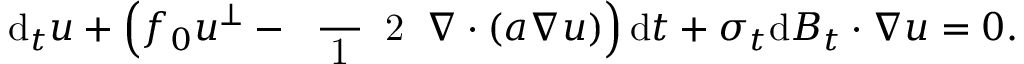
\mathrm { d } _ { t } \boldsymbol { u } + \Big ( f _ { 0 } \boldsymbol { u } ^ { \perp } - \mathrm { ~ \scriptsize ~ \frac ~ { ~ 1 ~ } ~ { ~ 2 ~ } ~ } \boldsymbol { \nabla } \boldsymbol { \cdot } ( \boldsymbol { a } \boldsymbol { \nabla } \boldsymbol { u } ) \Big ) \, \mathrm { d } t + \boldsymbol { \sigma } _ { t } \mathrm { d } \boldsymbol { B } _ { t } \boldsymbol { \cdot } \boldsymbol { \nabla } \boldsymbol { u } = 0 .